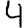
Digit: 4